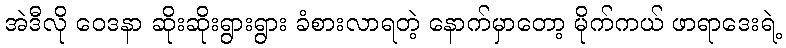
အဲဒီလို ဝေဒနာ ဆိုးဆိုးရွားရွား ခံစားလာရတဲ့ နောက်မှာတော့ မိုက်ကယ် ဖာရာဒေးရဲ့